Report on certain features of malaria in the island of Salsette
Disease focus: Malaria
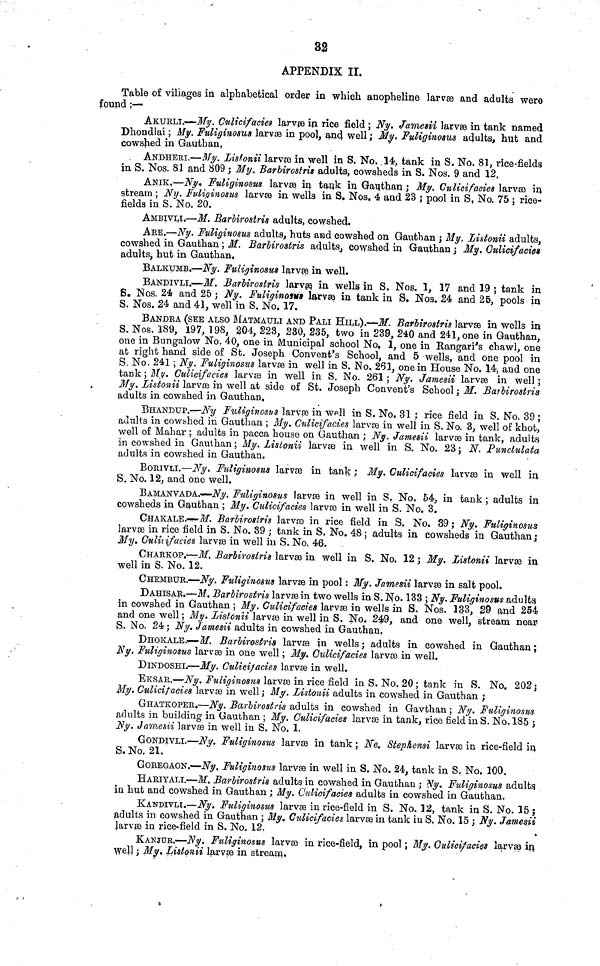
32
APPENDIX II.
Table of villages in alphabetical order in which anopheline larvae and adults were
found ;—
AKURLI.—- My. Culicifacies larvæ in rice field ; Ny. Jamesii larvæ in tank named
Dhondlai ; My. Fuliginosus larvæ in pool, and well ; My. Fuliginosus adults, hut and
cowshed in Gauthan,
ANDHERI.—My. Listonii larvæ in well in S. No. 14, tank in S. No. 81, rice-fields
in S. Nos. 81 and 809 ; My. Barbirostris adults, cowsheds in S. Nos. 9 and 12.
ANIK.—Ny. Fuliginosas larvæ in. tank in Gauthan ; My. Culicifacies larvae in
stream ; Ny. Fuliginosus larvae in wells in S. Nos. 4 and 23 ; pool in S, No. 75 ; rice-
fields in S. No. 20.
AMBIVLI.—M. B,arbirostris adults, cowshed.
ARE.—Ny. Fuliginosus adults, huts and cowshed on Gauthan j My. Listonii adults,
cowshed in Gauthan ; M. BarUrostris adults., cowshed in Gauthan ; My. Culicifacics
adults, hut in Gauthan.
BALKUMB.—Ny. Fuliginosus larvæ in well.
BANDIVLI.—M. BarUrostris larvæ in wells in S. Nos. 1, 17 and 19 ; tank in
S. Nos. 24 and 25 j Ny. Fuliginosus larvæ in tank in S. Nos. 24 and 25, pools in
S. Nos. 24 and 41, well in S. No. 17.
BANDEA (SEE ALSO MATMAULI AND PALI HILL).—M. BarUrostris larvæ in wells in
S. Nos. Î89, 197, 198, 204, 223, 230, 235, two in 239, 240 and 241, one in Gauthan,
one in Bungalow No. 40, one in Municipal school No, 1, one in Rangari's chawl, one
at right hand side of St. Joseph Convent's School, and 5 wells, and one pool in
S. No. 241 ; Ny. Fuliginosus larvæ in well in S. No. 261, one in House No. 14, and one
tank ; My Culicifacies larvæ in well in S. No. 261 ; Ny. Jamesii larvæ in well ;
My. Listonii larvæ in well at side of St. Joseph Convent's School , M. Barbirostris
adults in cowshed in Gauthan.
BHANDUP.—Ny Fuliginosus larvæ in well in S. No. 31 ; rice field in S. No. 39 ;
adults in cowshed in Gauthan ; My Culicifacies larvæ in well in S. No. 3, well of khot,
well of Mahar ; adults in pacca house on Gauthan ; Ny. Jamesii larvæ in tank, adults
in cowshed in Gauthan ; My. Listonii larvæ in well in S. No. 23 ; N. Punclulata,
adults in cowshed in Gauthan.
BORIVLI.—Ny. Fuliginosus larvæ in tank ; My. Culicifacies larvæ in well in
S. No. 12, and one well.
B AMANvADA.—Ny. Fuliginosus larvæ in well in S. No. 54, in tank ; adults in
cowsheds in Gauthan ; My. Culicifaeies larvæ in well in S. No. 3.
CHAKALE.-r-Jf. Barbirostris larvæ in rice field in S. No. 39 ; Ny. Fuliginosus,
larv in rice field in S. No. 39 ; tank in S. No. 48 ; adults in cowsheds in Gauthan \
My. Culæifacies larvæ in well in S. No. 46.
CHARKOP.-^J/. BarUrostris larvæ in well in S. No. 12 ; My. Listonii larvæ in
well in S. No. 12.
CHEMBUR.—Ny. Fuliginosus larvæ in pool : My. Jamesii larvæ in salt pool.
DAHISAR.—M. Barbirostris larvæ in two wells in S. No. 133 ; Ny. Fuliginosus adults,
in cowshed in Gauthan ; My. Culidfacies larvæ in wells in S. Nos. 133, 29 and 254
and one well ; My. Listonii larvæ in well in S. No. 249, and one well, stream near
S. No. 24 ;, Ny. Jamesii adults in cowshed in Gauthan.
DHOKALE.—M. BarUrostris larvæ in wells ; adults in cowshed in Gauthan ;
Ny. Fuliginosus larvae in one well ; My. Culicifacies larvæ in well.
DINDOSHI.-—My. Culicifaeies larvæ in well.
EKSAR.—Ny. Fuliginosiis larvæ in rice field in S. No. 20 ; tank in S. No. 202 j
My. Culicifacie8 larvæ in well ; My. Listonii adults in cowshed in Gauthan ;
GHATKOPER.—Ny. BarUrostris adults in cowshed in Gavthan ; Ny. Fuliginosus
adults in building in Gauthan ; My. Culicifacies larvæ in tank, rice field in S. No. 185 ;
Ny. Jamesii larv in well in S. No. 1.
GONDIVLI.—Ny. Fuliginosus larvae in tank ; Ne. Stephensi larvæ in rice-field in
S. No. 21.
GOREGAON.—Ny, Fuliginosas larvæ in well in S. No. 24, tank in S. No. 100.
HARIYALI.—M. BarUrostris adults in cowshed in Gauthan ; Ny. Fuliginosus adults
in hut and cowshed in Gauthan ; My. Culicifacies adults in cowshed in Gauthan.
KANDIVLI.—Ny. Fuliginosus larvæ in rice-field in S. No. Ü2, tank in S. No. 15;
adults in cowshed in Gauthan ; My. Culicifacies larvae in tank iu S. No. 15 ; Ny. Jamesii
larvæ in rice-field in S. No. 12.
KAÍÍJÜE.—Ny. Fuliginosus larv in rice-field, in pool ; My. Gulicifacies larvas in
well ; My, Listonii larvae in stream.